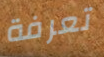
تعرفة